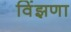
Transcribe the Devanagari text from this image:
विंझणा